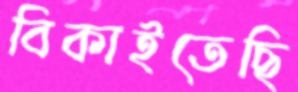
বিকাইতেছি